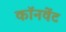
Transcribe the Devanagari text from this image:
कॉनवेंट